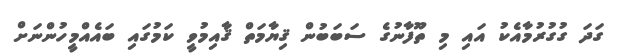
ގަދަ ގުގުރުމާއެކު އައި މި ތޫފާނުގެ ސަބަބުން ޤިޔާމަތް ޤާއިމުވީ ކަމުގައި ބައެއްމީހުންނަށް